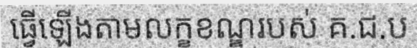
ធ្វើឡើងតាមលក្ខខណ្ឌរបស់ គ.ជ.ប